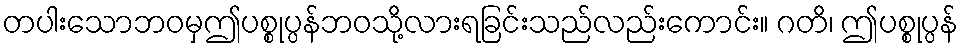
တပါးသောဘဝမှဤပစ္စုပ္ပန်ဘဝသို့လားရခြင်းသည်လည်းကောင်း။ ဂတိ၊ ဤပစ္စုပ္ပန်